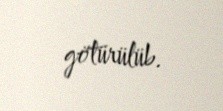
götürülüb.